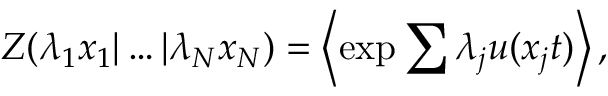
Z ( \lambda _ { 1 } x _ { 1 } | \ldots | \lambda _ { N } x _ { N } ) = \left\langle \exp { \sum { \lambda _ { j } u ( x _ { j } t ) } } \right\rangle ,